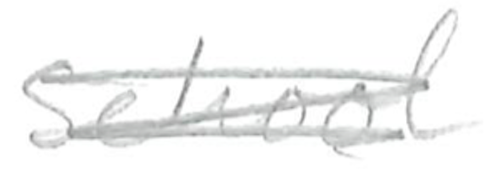
Text: School
Cross-out: scratch
Writing tool: pencil